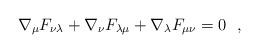
LaTeX: \begin{align*}\nabla_{\mu}F_{\nu \lambda} + \nabla_{\nu}F_{\lambda \mu} + \nabla_{\lambda}F_{\mu \nu} = 0~~,\end{align*}